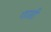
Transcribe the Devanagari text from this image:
गाउडी